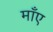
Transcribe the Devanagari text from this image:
माँए